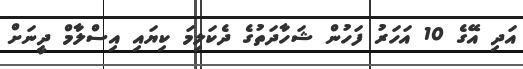
އަދި އޭގެ 10 އަހަރު ފަހުން ޝަހާދަތުގެ ދެކަލިމަ ކިޔައި އިސްލާމް ދީނަށް